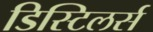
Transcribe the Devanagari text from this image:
डिस्टिलर्स